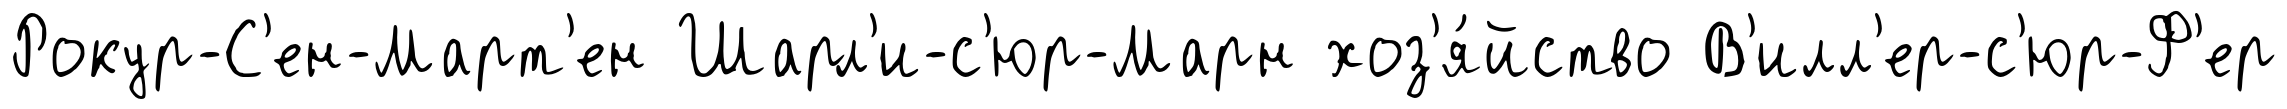
Рокур-С'ен-Март'ен Шарл'и-с'юр-Марн хоз'я́йство В'илл'ер-с'юр-Ф'ер